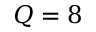
Q = 8